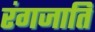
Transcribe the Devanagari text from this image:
रंगजाति